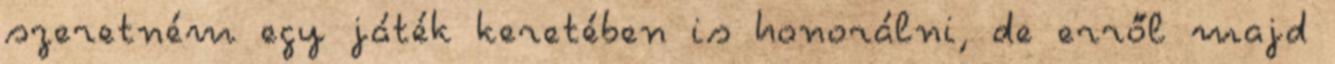
szeretném egy játék keretében is honorálni, de erről majd